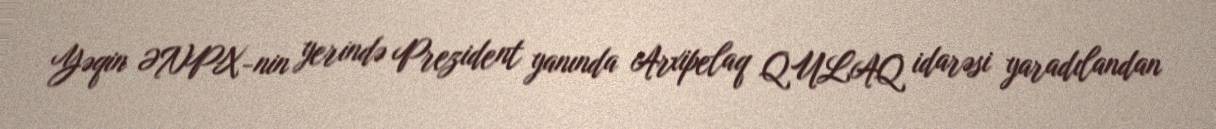
Yəqin ƏNPX-nin yerində Prezident yanında Arxipelaq QULAQ idarəsi yaradılandan